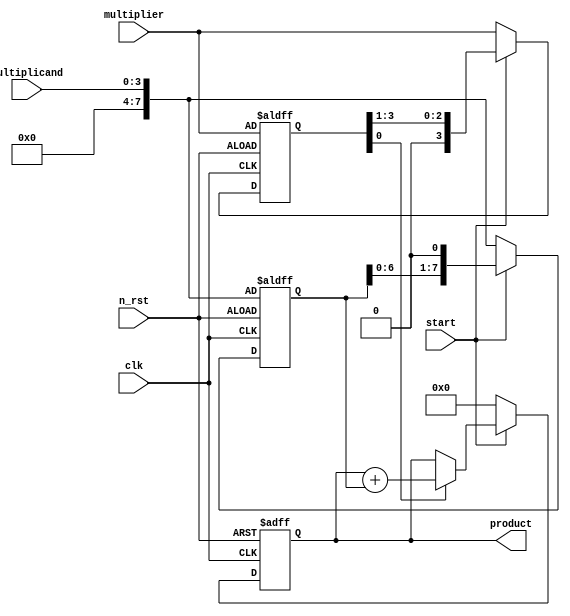
module shift_add_multi (
    input clk,
    input n_rst,
    input start,
    input [3:0] multiplicand,
    input [3:0] multiplier,
    output reg [7:0] product
);

reg [7:0] s_multiplicand;
reg [3:0] s_multiplier;

always @(posedge clk or negedge n_rst)
    if(!n_rst)
        product <= 8'h0;
    else begin
        if(start == 1'b1 )
            product <= (s_multiplier[0] == 1'b1)? product + s_multiplicand : product;
        else begin
            product <= 8'h0;
        end
    end

always @(posedge clk or negedge n_rst)
    if(!n_rst)
        s_multiplicand <= multiplicand;
    else begin
        if(start == 1'b1)
            s_multiplicand <= s_multiplicand << 1;
        else
            s_multiplicand <= multiplicand;
    end

always @(posedge clk or negedge n_rst)
    if(!n_rst)
        s_multiplier <= multiplier;
    else begin
        if(start == 1'b1)
            s_multiplier <= s_multiplier >> 1;
        else
            s_multiplier <= multiplier;
    end


endmodule